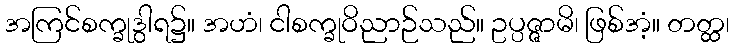
အကြင်စက္ခုဒွါရ၌။ အဟံ၊ ငါစက္ခုဝိညာဉ်သည်။ ဥပ္ပဇ္ဇာမိ၊ ဖြစ်အံ့။ တတ္ထ၊